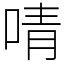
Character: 啨